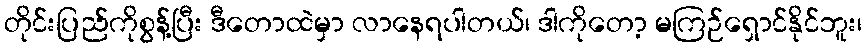
တိုင်းပြည်ကိုစွန့်ပြီး ဒီတောထဲမှာ လာနေရပါတယ်၊ ဒါကိုတော့ မကြဉ်ရှောင်နိုင်ဘူး၊